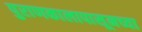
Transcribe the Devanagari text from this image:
पुराणकालापासूनच्या